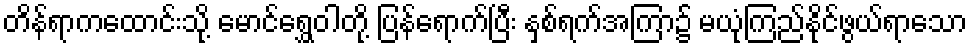
တိန်ရာကထောင်းသို့ မောင်ရွှေဝါတို့ ပြန်ရောက်ပြီး နှစ်ရက်အကြာ၌ မယုံကြည်နိုင်ဖွယ်ရာသော